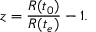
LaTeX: z = { \frac { R ( t _ { 0 } ) } { R ( t _ { e } ) } } - 1 .